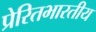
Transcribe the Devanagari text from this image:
प्रेरितभारतीय